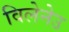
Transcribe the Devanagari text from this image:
विलेनेउ